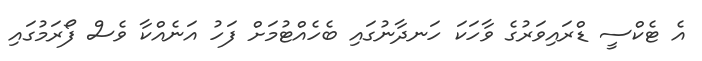
އެ ޓެކްސީ ޑްރައިވަރުގެ ވާހަކަ ހަނދާނުގައި ބެހެއްޓުމަށް ފަހު އަނެއްކާ ވެސް ފޯރަމުގައި